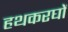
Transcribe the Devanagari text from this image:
हथकरघों